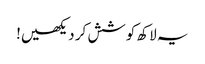
یہ لاکھ کوشش کر دیکھیں!